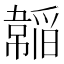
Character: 𩏍